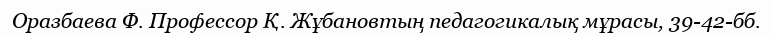
Оразбаева Ф. Профессор Қ. Жұбановтың педагогикалық мұрасы, 39-42-бб.